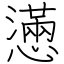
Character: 懣